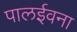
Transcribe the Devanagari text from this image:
पालईवना